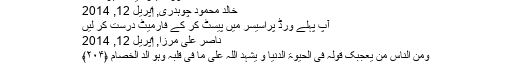
سورۃ البقرہ آیت نمبر 176​
خالد محمود چوہدری, ‏اپریل 12, 2014
آپ پہلے ورڈ پراسیسر میں پیسٹ کر کے فارمیٹ درست کر لیں
ناصر علی مرزا, ‏اپریل 12, 2014
وَمِنَ النَّاسِ مَنۡ یُّعْجِبُکَ قَوْلُہٗ فِی الْحَیٰوۃِ الدُّنْیَا وَ یُشْہِدُ اللہَ عَلٰی مَا فِیۡ قَلْبِہٖۙ وَہُوَ اَلَدُّ الْخِصَامِ ﴿۲۰۴﴾
۔